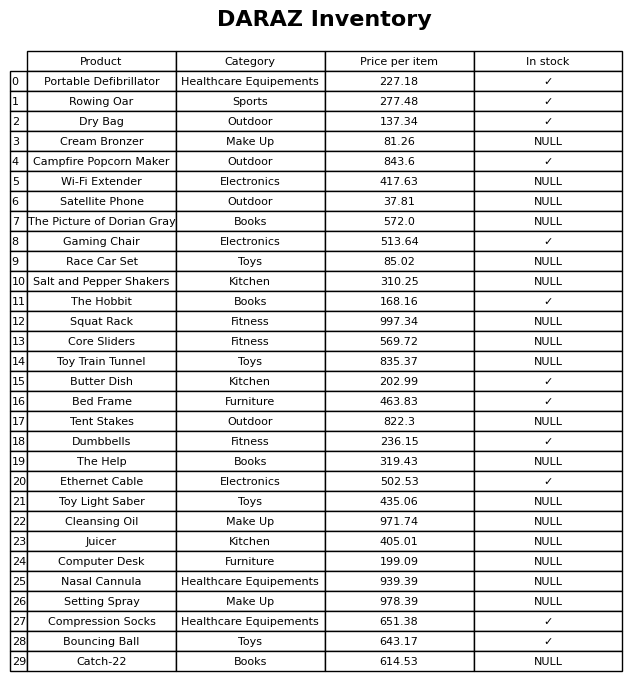
question: What is the price of the Compression Socks?
answer: The price of Compression Socks is 651.38.